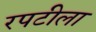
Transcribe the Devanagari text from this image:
रपटीला